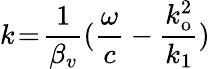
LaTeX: k\! =\! \frac{1}{\beta_{v}}(\frac{\omega}{c}-\frac{k_{\mathrm{o}}^{2}}{k_{1}})